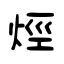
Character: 烴